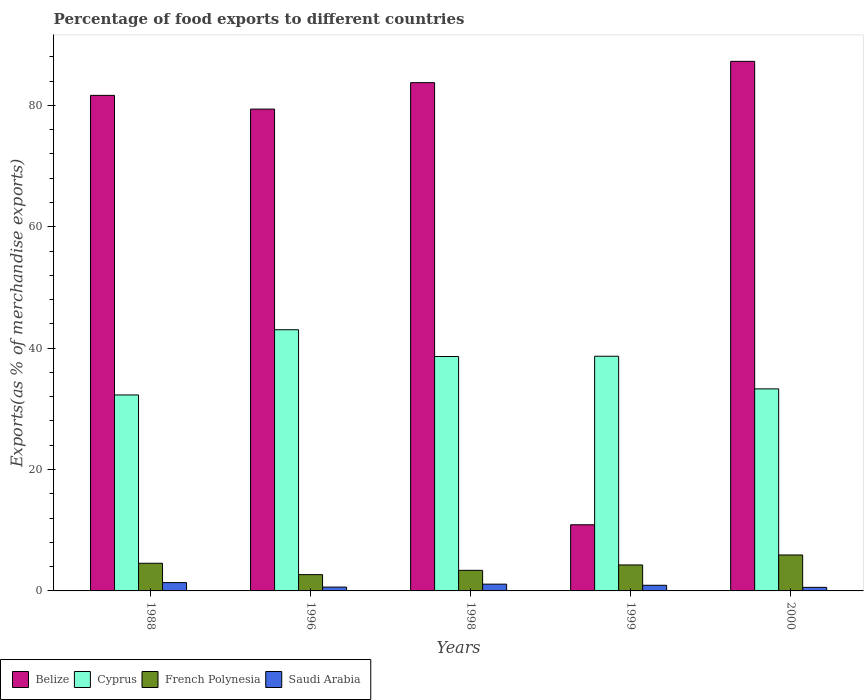
| Years | Belize | Cyprus | French Polynesia | Saudi Arabia |
 | --- | --- | --- | --- | --- |
 | 1988 | 81.7 | 32.3 | 4.56 | 1.37 |
 | 1996 | 79.4 | 43 | 2.68 | 0.632 |
 | 1998 | 83.7 | 38.6 | 3.39 | 1.11 |
 | 1999 | 10.9 | 38.7 | 4.28 | 0.931 |
 | 2000 | 87.3 | 33.3 | 5.92 | 0.586 |